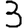
Digit: 3